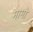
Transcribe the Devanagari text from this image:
मामो